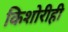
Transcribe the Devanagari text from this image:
किशोरीही